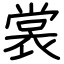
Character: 裳